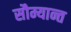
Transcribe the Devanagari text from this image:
सौम्यान्त